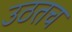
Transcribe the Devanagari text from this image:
उठतच